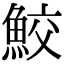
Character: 鮫